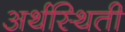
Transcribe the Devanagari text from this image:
अर्थस्थिती